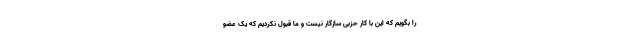
را بگویم که این با کار حزبی سازگار نیست و ما قبول نکردیم که یک عضو